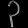
Digit: ၃